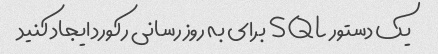
یک دستور SQL برای به روز رسانی رکورد ایجاد کنید